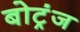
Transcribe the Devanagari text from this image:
बोट्रंज